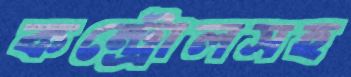
কন্ট্রোলসহ